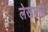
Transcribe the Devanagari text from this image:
लेखातले